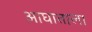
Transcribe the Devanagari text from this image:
आघाताला